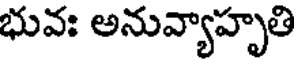
భువః అనువ్యాహృతి